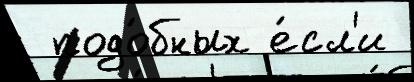
 подо́бных е́сл'и